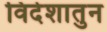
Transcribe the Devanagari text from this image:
विदेशातुन